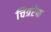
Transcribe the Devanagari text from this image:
चित्ररेफ